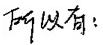
所以有：